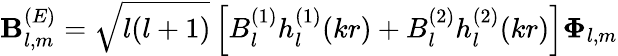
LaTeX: \mathbf{B}_{l,m}^{(E)}={\sqrt{l(l+1)}}\left[B_{l}^{(1)}h_{l}^{(1)}(kr)+B_{l}^{(2)}h_{l}^{(2)}(kr)\right]\mathbf{\Phi}_{l,m}